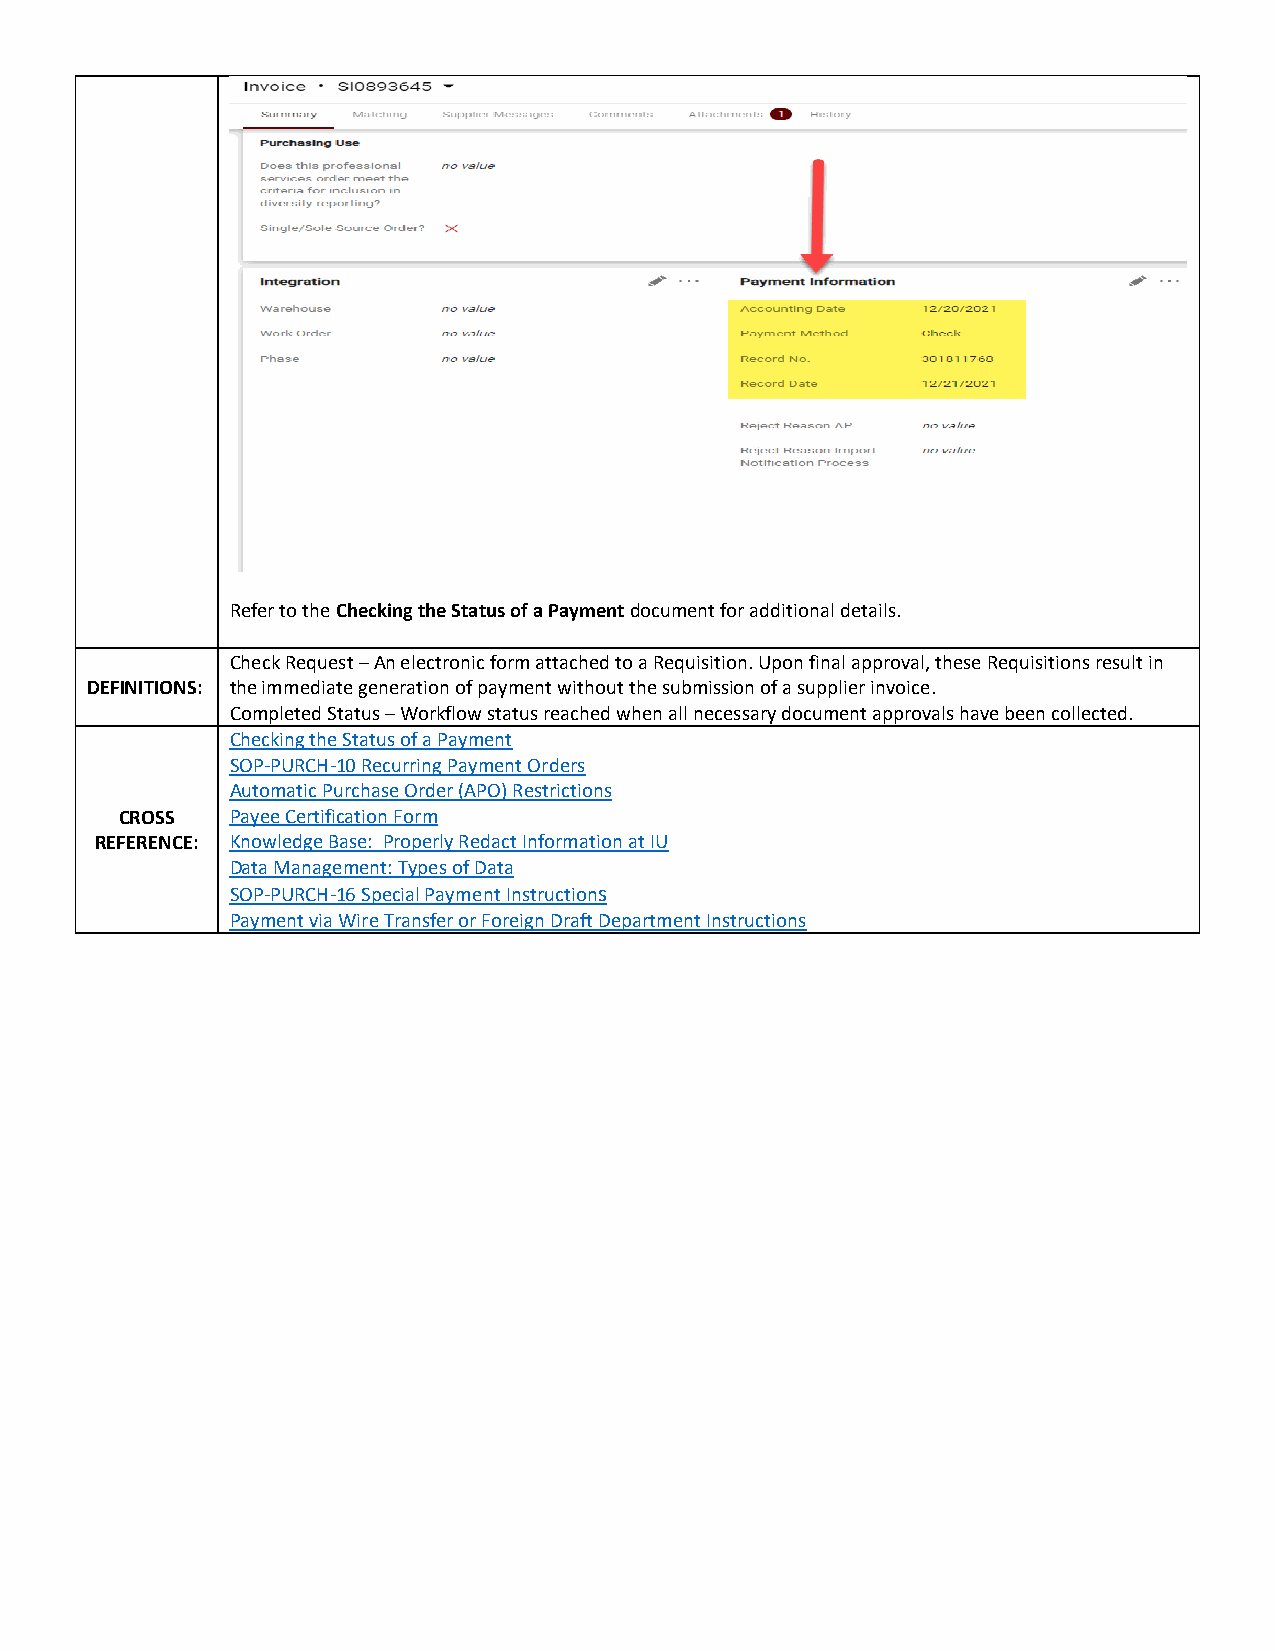
Refer to the Checking the Status of a Payment document for additional details.
 Check Request – An electronic form attached to a Requisition. Upon final approval, these Requisitions result in
 DEFINITIONS: the immediate generation of payment without the submission of a supplier invoice.
 Completed Status – Workflow status reached when all necessary document approvals have been collected.
 Checking the Status of a Payment
 SOP-PURCH-10 Recurring Payment Orders
 Automatic Purchase Order (APO) Restrictions
 CROSS  Payee Certification Form
 REFERENCE: Knowledge Base: Properly Redact Information at IU
 Data Management: Types of Data
 SOP-PURCH-16 Special Payment Instructions
 Payment via Wire Transfer or Foreign Draft Department Instructions